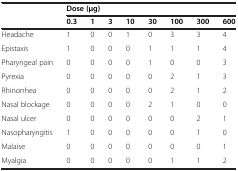
<table><thead><tr><td><b> </b></td><td colspan="8"><b>Dose (μg)</b></td></tr><tr><td><b> </b></td><td><b>0.3</b></td><td><b>1</b></td><td><b>3</b></td><td><b>10</b></td><td><b>30</b></td><td><b>100</b></td><td><b>300</b></td><td><b>600</b></td></tr></thead><tbody><tr><td>Headache</td><td>1</td><td>0</td><td>0</td><td>1</td><td>0</td><td>3</td><td>3</td><td>4</td></tr><tr><td>Epistaxis</td><td>1</td><td>0</td><td>0</td><td>0</td><td>1</td><td>1</td><td>1</td><td>4</td></tr><tr><td>Pharyngeal pain</td><td>0</td><td>0</td><td>0</td><td>0</td><td>1</td><td>0</td><td>0</td><td>3</td></tr><tr><td>Pyrexia</td><td>0</td><td>0</td><td>0</td><td>0</td><td>0</td><td>2</td><td>1</td><td>3</td></tr><tr><td>Rhinorrhea</td><td>0</td><td>0</td><td>0</td><td>0</td><td>0</td><td>2</td><td>1</td><td>2</td></tr><tr><td>Nasal blockage</td><td>0</td><td>0</td><td>0</td><td>0</td><td>2</td><td>1</td><td>0</td><td>0</td></tr><tr><td>Nasal ulcer</td><td>0</td><td>0</td><td>0</td><td>0</td><td>0</td><td>0</td><td>2</td><td>1</td></tr><tr><td>Nasopharyngitis</td><td>1</td><td>0</td><td>0</td><td>0</td><td>0</td><td>0</td><td>1</td><td>0</td></tr><tr><td>Malaise</td><td>0</td><td>0</td><td>0</td><td>0</td><td>0</td><td>0</td><td>0</td><td>1</td></tr><tr><td>Myalgia</td><td>0</td><td>0</td><td>0</td><td>0</td><td>0</td><td>1</td><td>1</td><td>2</td></tr></tbody></table>